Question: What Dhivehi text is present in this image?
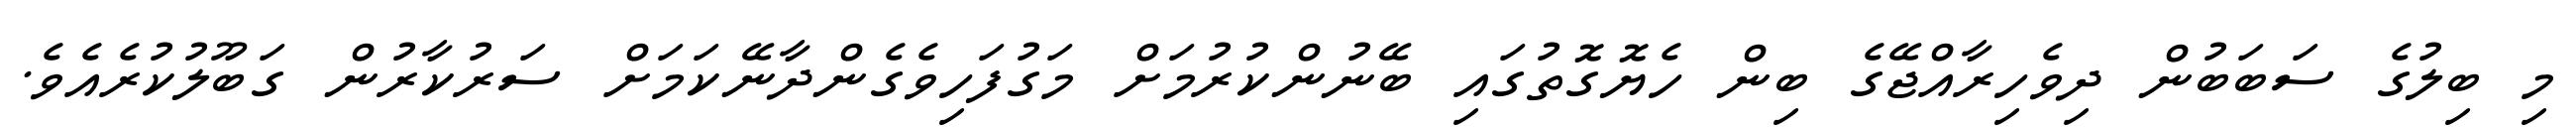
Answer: މި ބިލުގެ ސަބަބުން ދިވެހިރާއްޖޭގެ ބިން ހެޔޮގޮތުގައި ބޭނުންކުރުމަށް މަގުފަހިވެގެންދާނޭކަމަށް ސަރުކާރުން ގަބޫލުކުރެއެވެ.